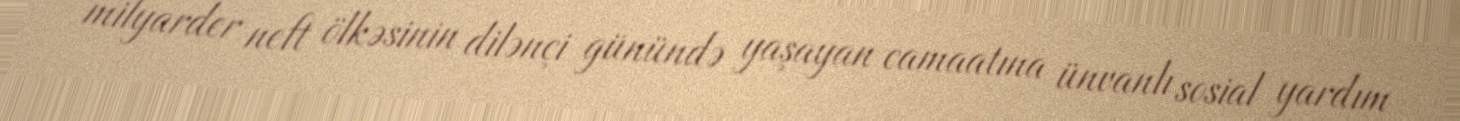
milyarder neft ölkəsinin dilənçi günündə yaşayan camaatına ünvanlı sosial yardım